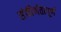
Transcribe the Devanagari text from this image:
संकीर्णतापूर्ण